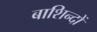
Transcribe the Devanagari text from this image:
बाशिन्दों